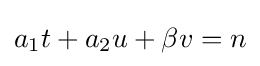
a_{1}t+a_{2}u+\beta v=n